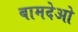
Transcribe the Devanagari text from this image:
बामदेओ